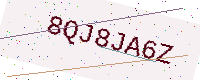
Text: 8QJ8JA6Z